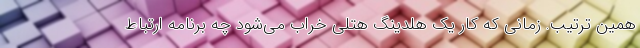
همین ترتیب. زمانی که کارِ یک هلدینگ هتلی خراب می‌شود چه برنامه ارتباط